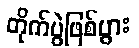
တိုက်ပွဲဖြစ်ပွား